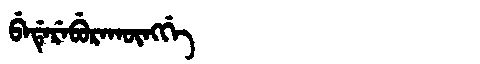
Manchu: ᠪᡝᡩᡝᡵᡝᠪᡠᡵᠠᡴᡡᠩᡤᡝ
Romanization: BEDEREBURAKŪNGGE